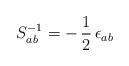
LaTeX: \begin{align*}S^{-1}_{ab}=-\,\frac{1}{2}\,\epsilon_{ab}\end{align*}